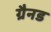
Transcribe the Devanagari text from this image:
ग्रैनड